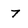
Character: 7